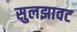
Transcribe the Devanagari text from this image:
सुलझावट